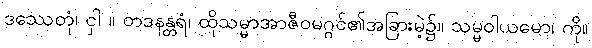
ဒဿေတုံ၊ ငှါ ။ တဒနန္တရံ၊ ထိုသမ္မာအာဇီဝမဂ္ဂင်၏အခြားမဲ့၌။ သမ္မဝါယမော၊ ကို။